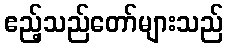
ဧည့်သည်တော်များသည်